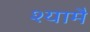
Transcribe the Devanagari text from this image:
श्यामै